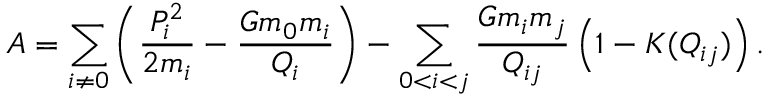
A = \sum _ { i \ne 0 } \left( \frac { P _ { i } ^ { 2 } } { 2 m _ { i } } - \frac { G m _ { 0 } m _ { i } } { Q _ { i } } \right) - \sum _ { 0 < i < j } \frac { G m _ { i } m _ { j } } { Q _ { i j } } \left( 1 - K ( Q _ { i j } ) \right) .